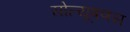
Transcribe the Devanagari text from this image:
सोल्यूषणस